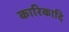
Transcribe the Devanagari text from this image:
कारिकादि